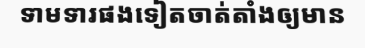
ទាមទារផងទៀតចាត់តាំងឲ្យមាន